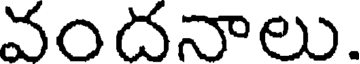
వందనాలు.